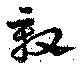
殷